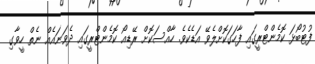
ފުޓުބޯޅަ ކޮމެންޓްރީގައި ފާހަގަކޮށްލެވޭ އަޑެކެވެ. ހާއްސަކޮށް ރޭޑިއޯ ކޮމެންޓްރީގައި ދެވަނައެއް ނެތް ހީވާގި